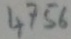
Text: 4756